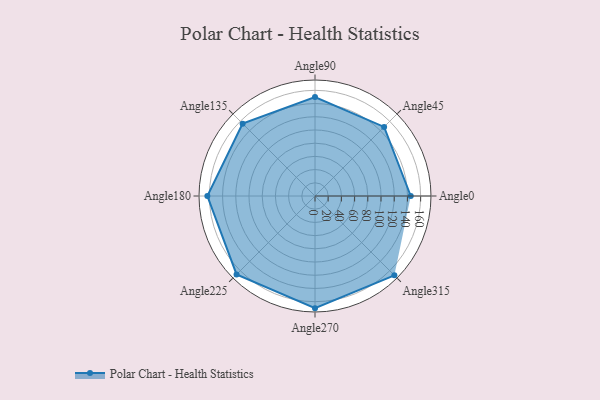
{"axis": {"x": "Angle", "y": "Radius"}, "legend": [""], "data": [{"x": "Angle0", "y": 145.0, "type": ""}, {"x": "Angle45", "y": 148.0, "type": ""}, {"x": "Angle90", "y": 150.0, "type": ""}, {"x": "Angle135", "y": 155.0, "type": ""}, {"x": "Angle180", "y": 163.0, "type": ""}, {"x": "Angle225", "y": 168.0, "type": ""}, {"x": "Angle270", "y": 170, "type": ""}, {"x": "Angle315", "y": 170, "type": ""}]}